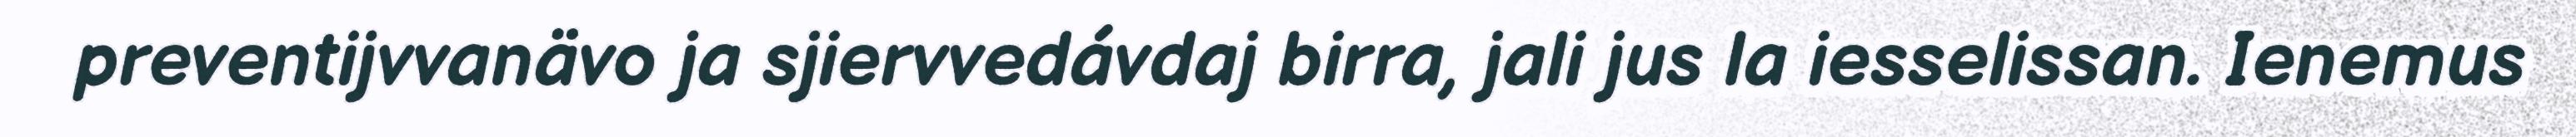
preventijvvanävo ja sjiervvedávdaj birra, jali jus la iesselissan. Ienemus